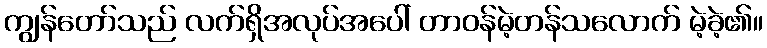
ကျွန်တော်သည် လက်ရှိအလုပ်အပေါ် တာဝန်မဲ့တန်သလောက် မဲ့ခဲ့၏။